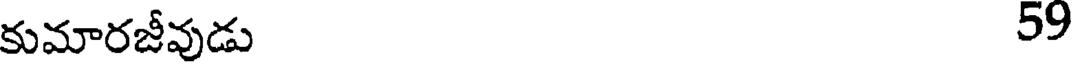
కుమారజీవుడు 59